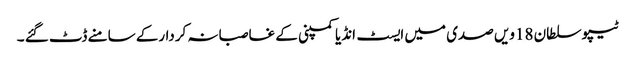
ٹیپو سلطان 18ویں صدی میں ایسٹ انڈیا کمپنی کے غاصبانہ کردارکے سامنے ڈٹ گئے ۔